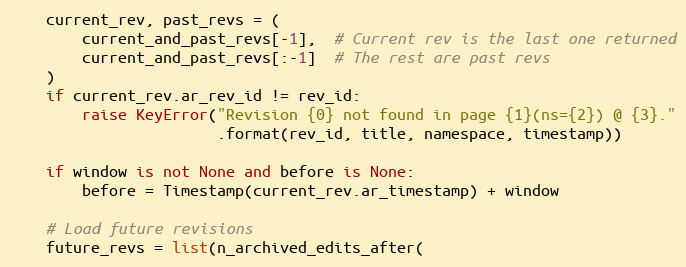
Language: Python
    current_rev, past_revs = (
        current_and_past_revs[-1],  # Current rev is the last one returned
        current_and_past_revs[:-1]  # The rest are past revs
    )
    if current_rev.ar_rev_id != rev_id:
        raise KeyError("Revision {0} not found in page {1}(ns={2}) @ {3}."
                       .format(rev_id, title, namespace, timestamp))

    if window is not None and before is None:
        before = Timestamp(current_rev.ar_timestamp) + window

    # Load future revisions
    future_revs = list(n_archived_edits_after(